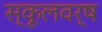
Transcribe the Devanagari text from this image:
स्कूलवर्ष